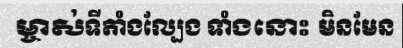
ម្ចាស់ទីតាំងល្បែង ទាំងនោះ មិនមែន